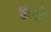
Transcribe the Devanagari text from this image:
केथे